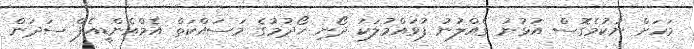
މަހަށް ނުކުމެގޮސް އުޅުނު ގެއްލުނު ފުވައްމުލަކު ދޯނި ހޯދުމުގެ މަސައްކަތް އެމްއެންޑީއެފް ސަދަން